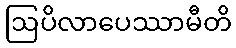
ဩပိလာပေဿာမီတိ